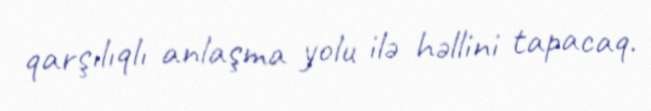
qarşılıqlı anlaşma yolu ilə həllini tapacaq.